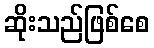
ဆိုးသည်ဖြစ်စေ